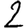
Digit: 2